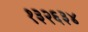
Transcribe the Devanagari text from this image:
१३२६३४